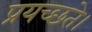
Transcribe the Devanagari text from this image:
प्रयच्छते।